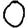
Digit: 0